Leaving Certificate, 1896
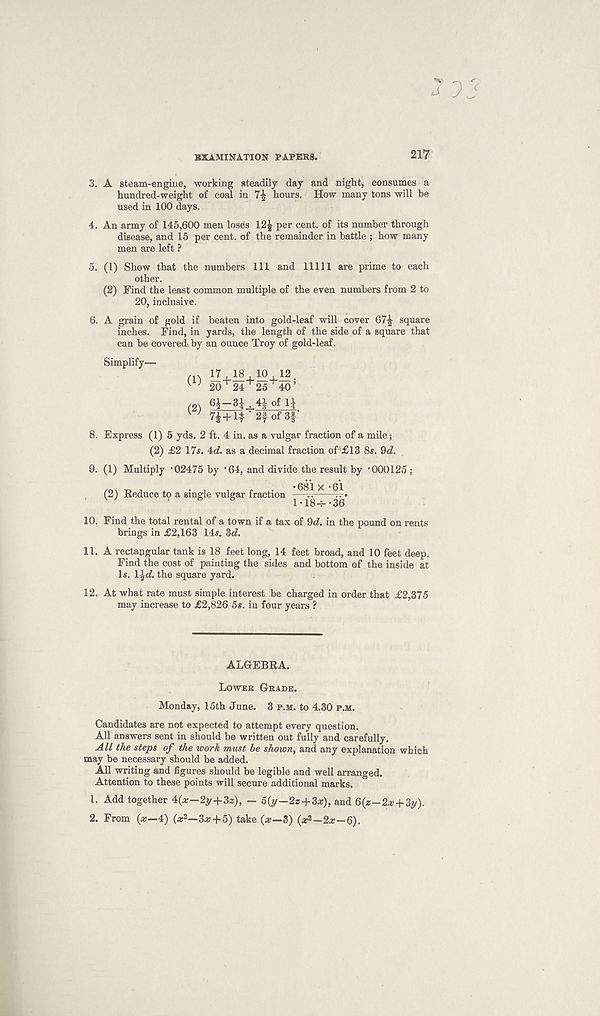
EXAMINATION PAPERS.
217
<7 9?
3. A steam-engiue, working steadily day and night, consumes a
hundred-weight of coal in 7^ hours. How many tons will be
used in 100 days.
4. An army of 145,600 men loses 12£ per cent, of its number through
disease, and 15 per cent, of the remainder in battle ; how many
men are left ?
5. (1) Show that the numbers 111 and 11111 are prime to each
other.
(2) Find the least common multiple of the even numbers from 2 to
20, inclusive.
6. A grain of gold if beaten into gold-leaf will cover 67£ square
inches. Find, in yards, the length of the side of a square that
can be covered) by an ounce Troy of gold-leaf.
(1) 'l+M + M + 'J.
v J 20 24 25 ^
(2)
Simplify—
... 17 , la , 10 ^40 5
of n
7i+lt‘2f of3f
8. Express (1) 5 yds. 2 ft. 4 in. as a vulgar fraction of a mile;
(2) £2 17s. 4<7. as a decimal fraction of £13 8s. 9d.
9. (1) Multiply ’02475 by *64, and divide the result by ’000125 ;
•681x-61
(2) Reduce to a single vulgar fraction 1 • 184- *36
10. Find the total rental of a town if a tax of 9(7. in the pound on rents
brings in £2,163 14s. 3d.
11. A rectangular tank is 18 feet long, 14 feet broad, and 10 feet deep.
Find the cost of painting the sides and bottom of the inside at
Is. l^d. the square yard.
12. At what rate must simple interest be charged in order that £2,375
may increase to £2,826 5s. in four years ?
ALGEBRA.
Lower Grade.
Monday, 15th June. 3 p.m. to 4.30 p.m.
Candidates are not expected to attempt every question.
All answers sent in should be written out fully and carefully.
All the steps of the work must be shown, and any explanation which
may be necessary should be added.
All writing and figures should be legible and well arranged.
Attention to these points will secure additional marks.
1. Add together 4(x—2y+3z), — b(y—2z + 3x), and 6(z-2x+3y).
2. From (ar—4) (x 2 —3x + 5) take (x—3) (x 2 —2x—6).